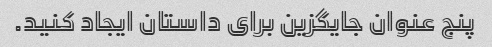
پنج عنوان جایگزین برای داستان ایجاد کنید.